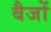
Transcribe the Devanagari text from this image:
बैजों